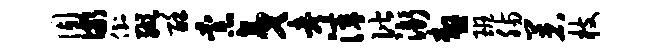
固儆倒缬酥柰夷考滓偕渐嗷班肠着枝